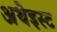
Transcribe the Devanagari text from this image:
अथेइस्ट